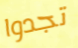
تجدوا